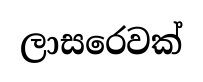
ලාසරෙවක්